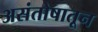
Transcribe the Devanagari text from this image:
असंतोषातून